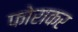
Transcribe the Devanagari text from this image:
फोराकर